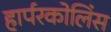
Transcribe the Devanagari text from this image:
हार्परकोलिंस